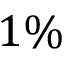
1 \%